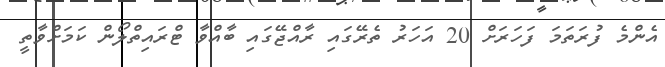
އެންމެ ފުރަތަމަ ފަހަރަށް 20 އަހަރު ތެރޭގައި ރާއްޖޭގައި ބާއްވާ ޓްރައިތްލޯން ކަމަށްވާތީ